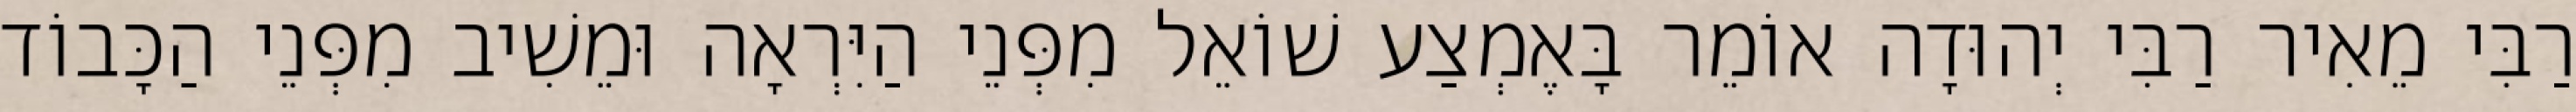
רַבִּי מֵאִיר רַבִּי יְהוּדָה אוֹמֵר בָּאֶמְצַע שׁוֹאֵל מִפְּנֵי הַיִּרְאָה וּמֵשִׁיב מִפְּנֵי הַכָּבוֹד